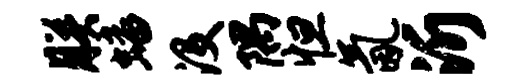
朕蟠没隅怛氤沂